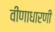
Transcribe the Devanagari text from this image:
वीणाधारणी